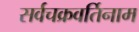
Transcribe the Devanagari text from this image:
सर्वचक्रवर्तिनाम